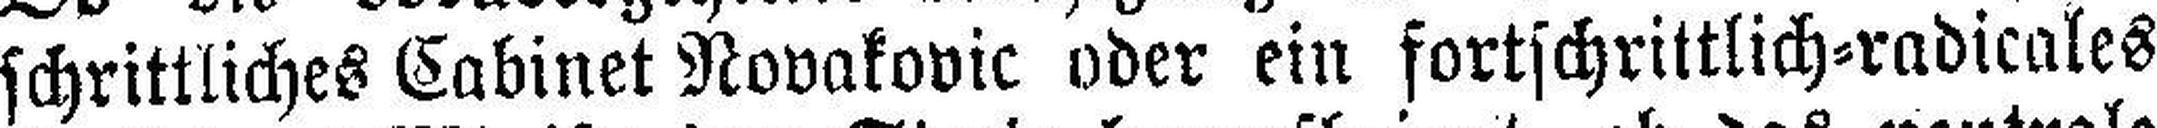
schrittliches Cabinet Novakovic oder ein fortschrittlich=radicales